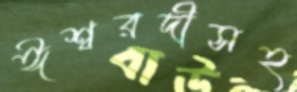
ঈশ্বরদীসহ